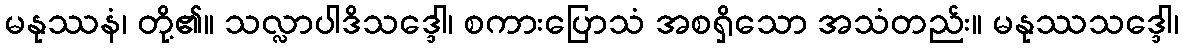
မနုဿနံ၊ တို့၏။ သလ္လာပါဒိသဒ္ဒေါ၊ စကားပြောသံ အစရှိသော အသံတည်း။ မနုဿသဒ္ဒေါ၊